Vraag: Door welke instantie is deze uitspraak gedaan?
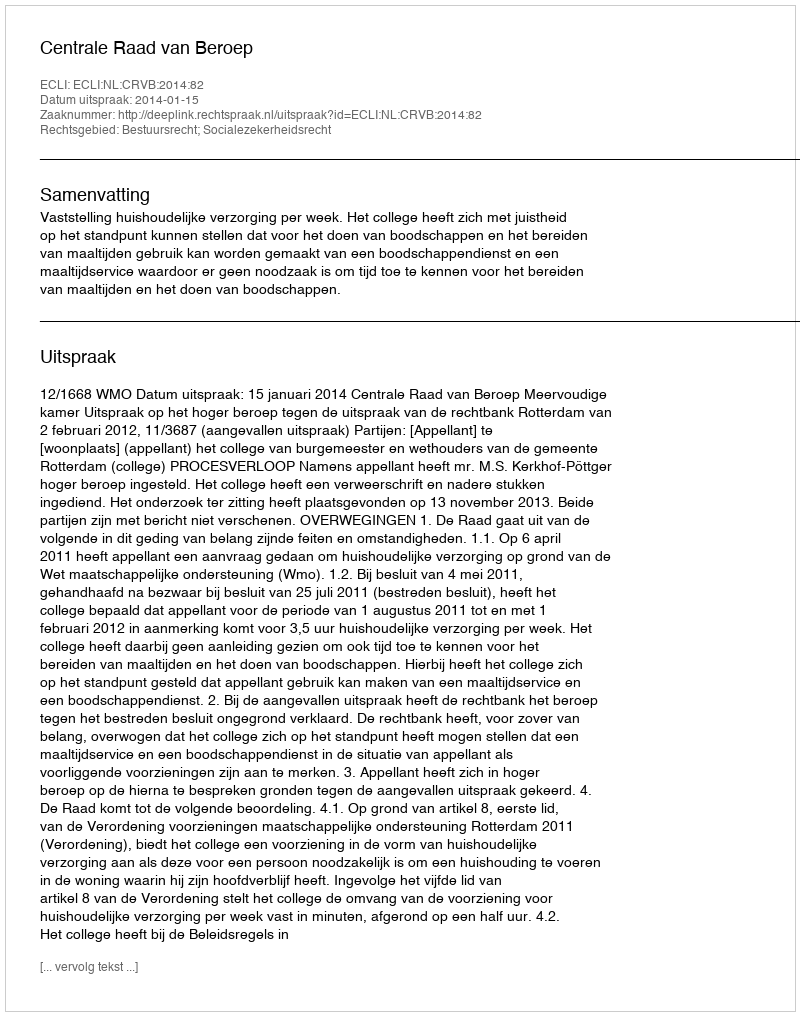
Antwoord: Centrale Raad van Beroep